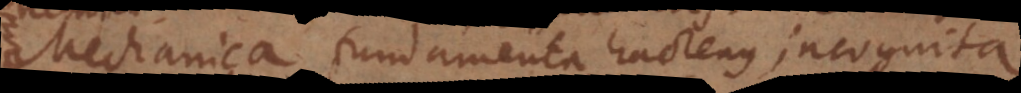
Mechanica fundamenta hactenus incognita.